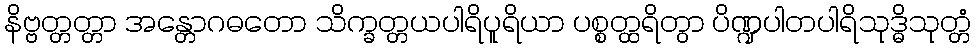
နိဗ္ဗတ္တတ္တာ အန္တောဂဓတော သိက္ခတ္တယပါရိပူရိယာ ပစ္စတ္ထရိတွာ ပိဏ္ဍပါတပါရိသုဒ္ဓိသုတ္တံ